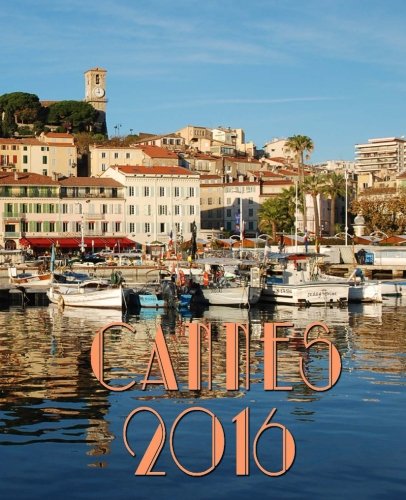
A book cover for Cannes: agenda 2015; M. Julien Biri; Law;